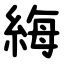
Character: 䋦